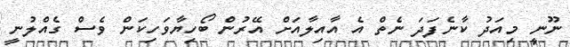
ނޫނީ މިއަދު ކާނެފަދަ ނެތް އެ އާއިލާއަށް އޭރުން ބޯހިޔާވަހިކަން ވެސް ގެއްލުނީ